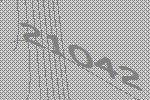
21042